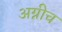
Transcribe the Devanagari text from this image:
अग्नीच